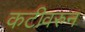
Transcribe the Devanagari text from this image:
कटीवरुन